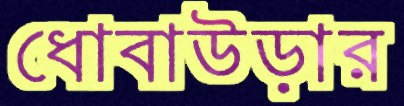
ধোবাউড়ার